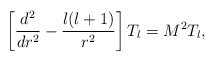
\begin{align*}\left[{d^{2}\over dr^{2}}-{l(l+1)\over r^{2}}\right]T_{l}=M^{2}T_{l},\end{align*}